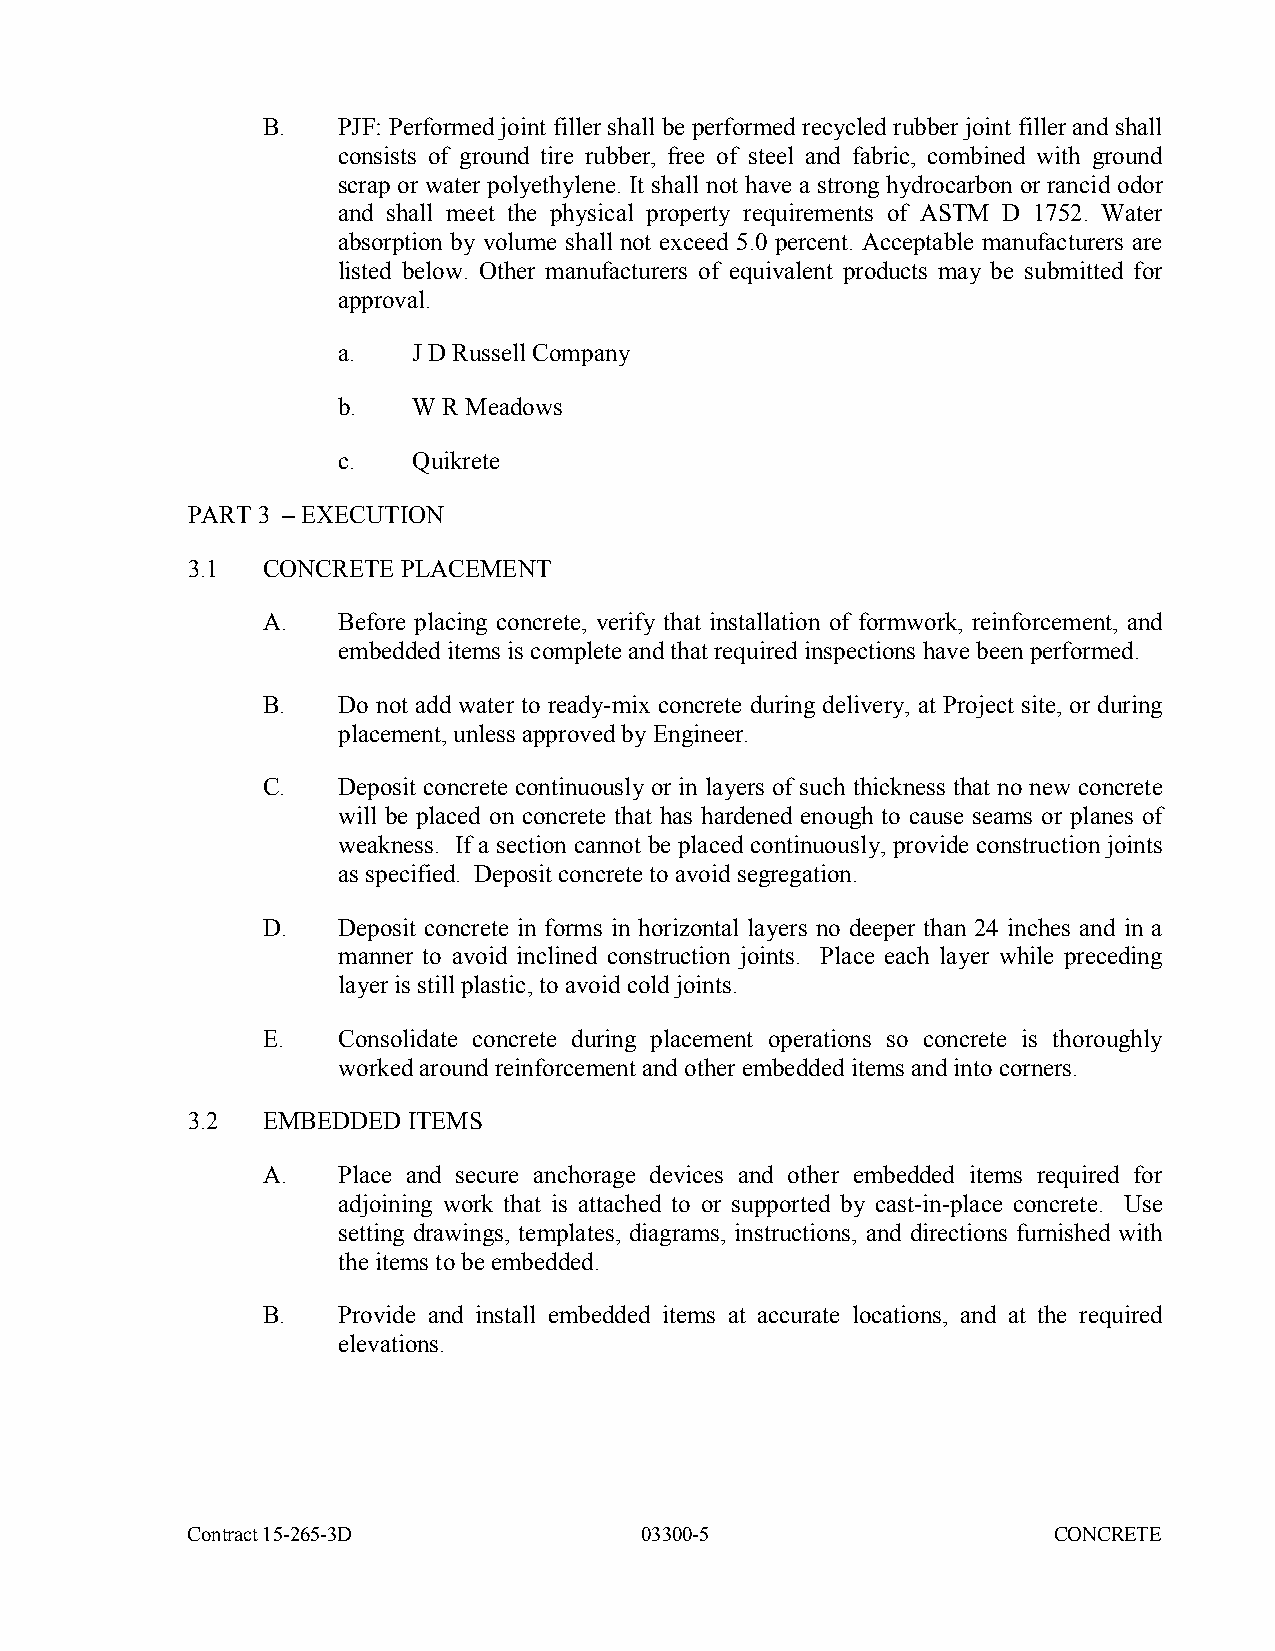
B.   PJF: Performed joint filler shall be performed recycled rubber joint filler and shall
 consists of ground tire rubber, free of steel and fabric, combined with ground
 scrap or water polyethylene. It shall not have a strong hydrocarbon or rancid odor
 and shall meet the physical property requirements of ASTM D 1752. Water
 absorption by volume shall not exceed 5.0 percent. Acceptable manufacturers are
 listed below. Other manufacturers of equivalent products may be submitted for
 approval.
 a.   J D Russell Company
 b.   W R Meadows
 c.   Quikrete
 PART 3 – EXECUTION
 3.1  CONCRETE  PLACEMENT
 A.   Before placing concrete, verify that installation of formwork, reinforcement, and
 embedded items is complete and that required inspections have been performed.
 B.   Do not add water to ready-mix concrete during delivery, at Project site, or during
 placement, unless approved by Engineer.
 C.   Deposit concrete continuously or in layers of such thickness that no new concrete
 will be placed on concrete that has hardened enough to cause seams or planes of
 weakness. If a section cannot be placed continuously, provide construction joints
 as specified. Deposit concrete to avoid segregation.
 D.   Deposit concrete in forms in horizontal layers no deeper than 24 inches and in a
 manner to avoid inclined construction joints. Place each layer while preceding
 layer is still plastic, to avoid cold joints.
 E.   Consolidate concrete during placement operations so concrete is thoroughly
 worked around reinforcement and other embedded items and into corners.
 3.2  EMBEDDED  ITEMS
 A.   Place and secure anchorage devices and other embedded items required for
 adjoining work that is attached to or supported by cast-in-place concrete. Use
 setting drawings, templates, diagrams, instructions, and directions furnished with
 the items to be embedded.
 B.   Provide and install embedded items at accurate locations, and at the required
 elevations.
 Contract 15-265-3D            03300-5                     CONCRETE